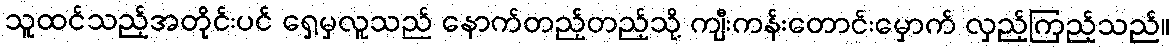
သူထင်သည့်အတိုင်းပင် ရှေ့မှလူသည် နောက်တည့်တည့်သို့ ကျီးကန်းတောင်းမှောက် လှည့်ကြည့်သည်။